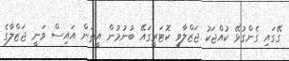
ގޭގައި ގެންގުޅޭ ކުއްޖަކު ޖަޒްލާވީ ކޮޓަރީގައޭ ބުނުމުން އީތަން އައިސް ވަނީ ޖަޒްލާގެ